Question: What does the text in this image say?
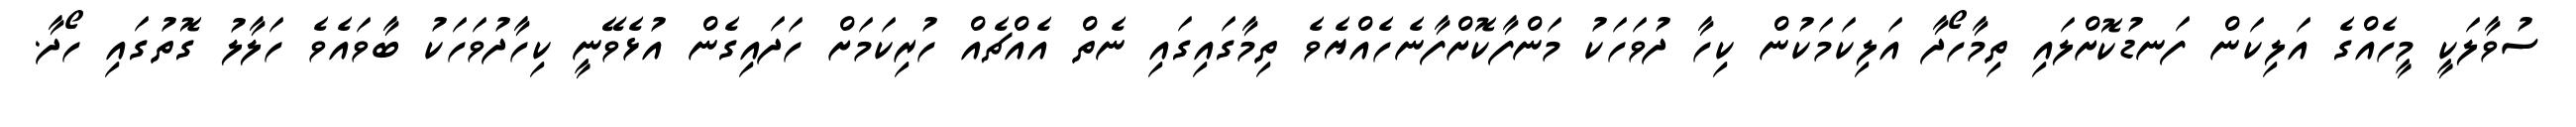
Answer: ސުވާލަކީ މީހެއްގެ އަލިކަން ފަނޑުކޮށްލައި ތިމާހޯދާ އަލިކަމަކުން ކިހާ ދުވަހަކު މަންފާކޮށްފާނެހެއްޔެވެ ތިމާގައިގައި ނެތް އެއްޗެއް ހުރިކަމަށް ހަދައިގެން އުޅެވޭނީ ކިހާދުވަހަކު ބާވައެވެ ހަލާލު ގޮތުގައި ހޯދާ.